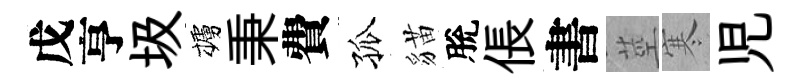
戊亨圾櫨秉費孤貓脫倀書莖寒児